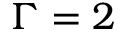
\Gamma = 2